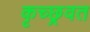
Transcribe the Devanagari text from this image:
कृच्छ्रवत